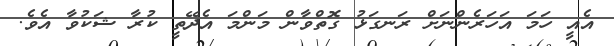
އެއީ ހަމަ އަހަރެންނަށް ރަނގަޅު ގޮތްވާން މަންމަ އެދޭތީ ކުރާ ޝަކުވާ އެވެ.